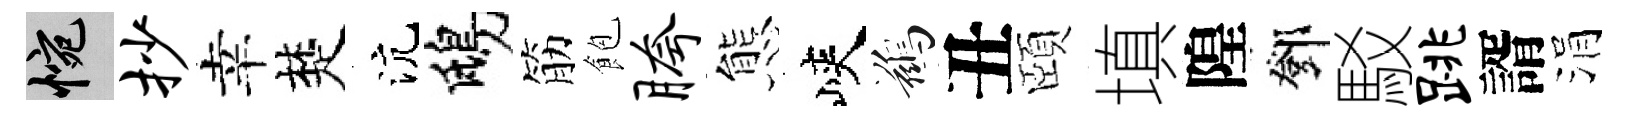
惋抄幸楚沆鴟筋飽胯態峽鷀丑頤填隍鄧駁跳諝涓